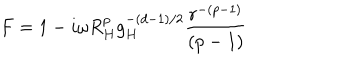
F = 1 - i \omega R _ { H } ^ { p } g _ { H } ^ { - ( d - 1 ) / 2 } { \frac { r ^ { - ( p - 1 ) } } { ( p - 1 ) } }